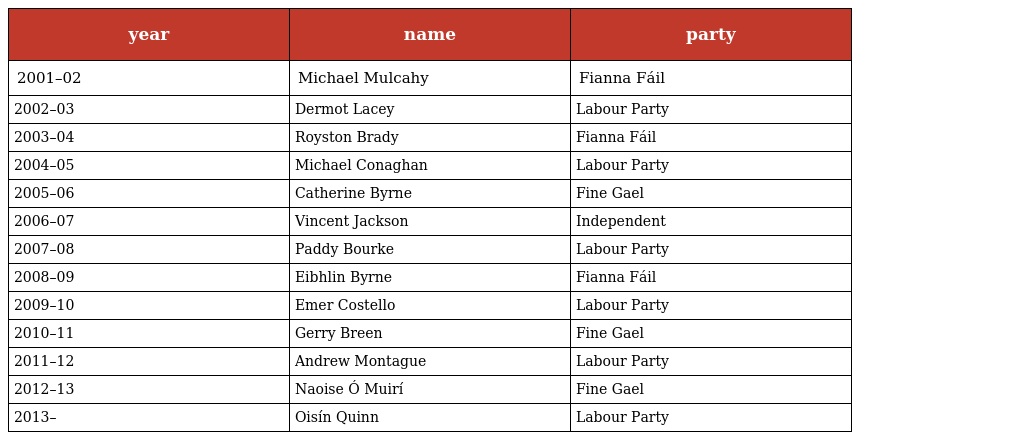
| year | name | party |
 | --- | --- | --- |
 | 2001–02 | Michael Mulcahy | Fianna Fáil |
 | 2002–03 | Dermot Lacey | Labour Party |
 | 2003–04 | Royston Brady | Fianna Fáil |
 | 2004–05 | Michael Conaghan | Labour Party |
 | 2005–06 | Catherine Byrne | Fine Gael |
 | 2006–07 | Vincent Jackson | Independent |
 | 2007–08 | Paddy Bourke | Labour Party |
 | 2008–09 | Eibhlin Byrne | Fianna Fáil |
 | 2009–10 | Emer Costello | Labour Party |
 | 2010–11 | Gerry Breen | Fine Gael |
 | 2011–12 | Andrew Montague | Labour Party |
 | 2012–13 | Naoise Ó Muirí | Fine Gael |
 | 2013– | Oisín Quinn | Labour Party |